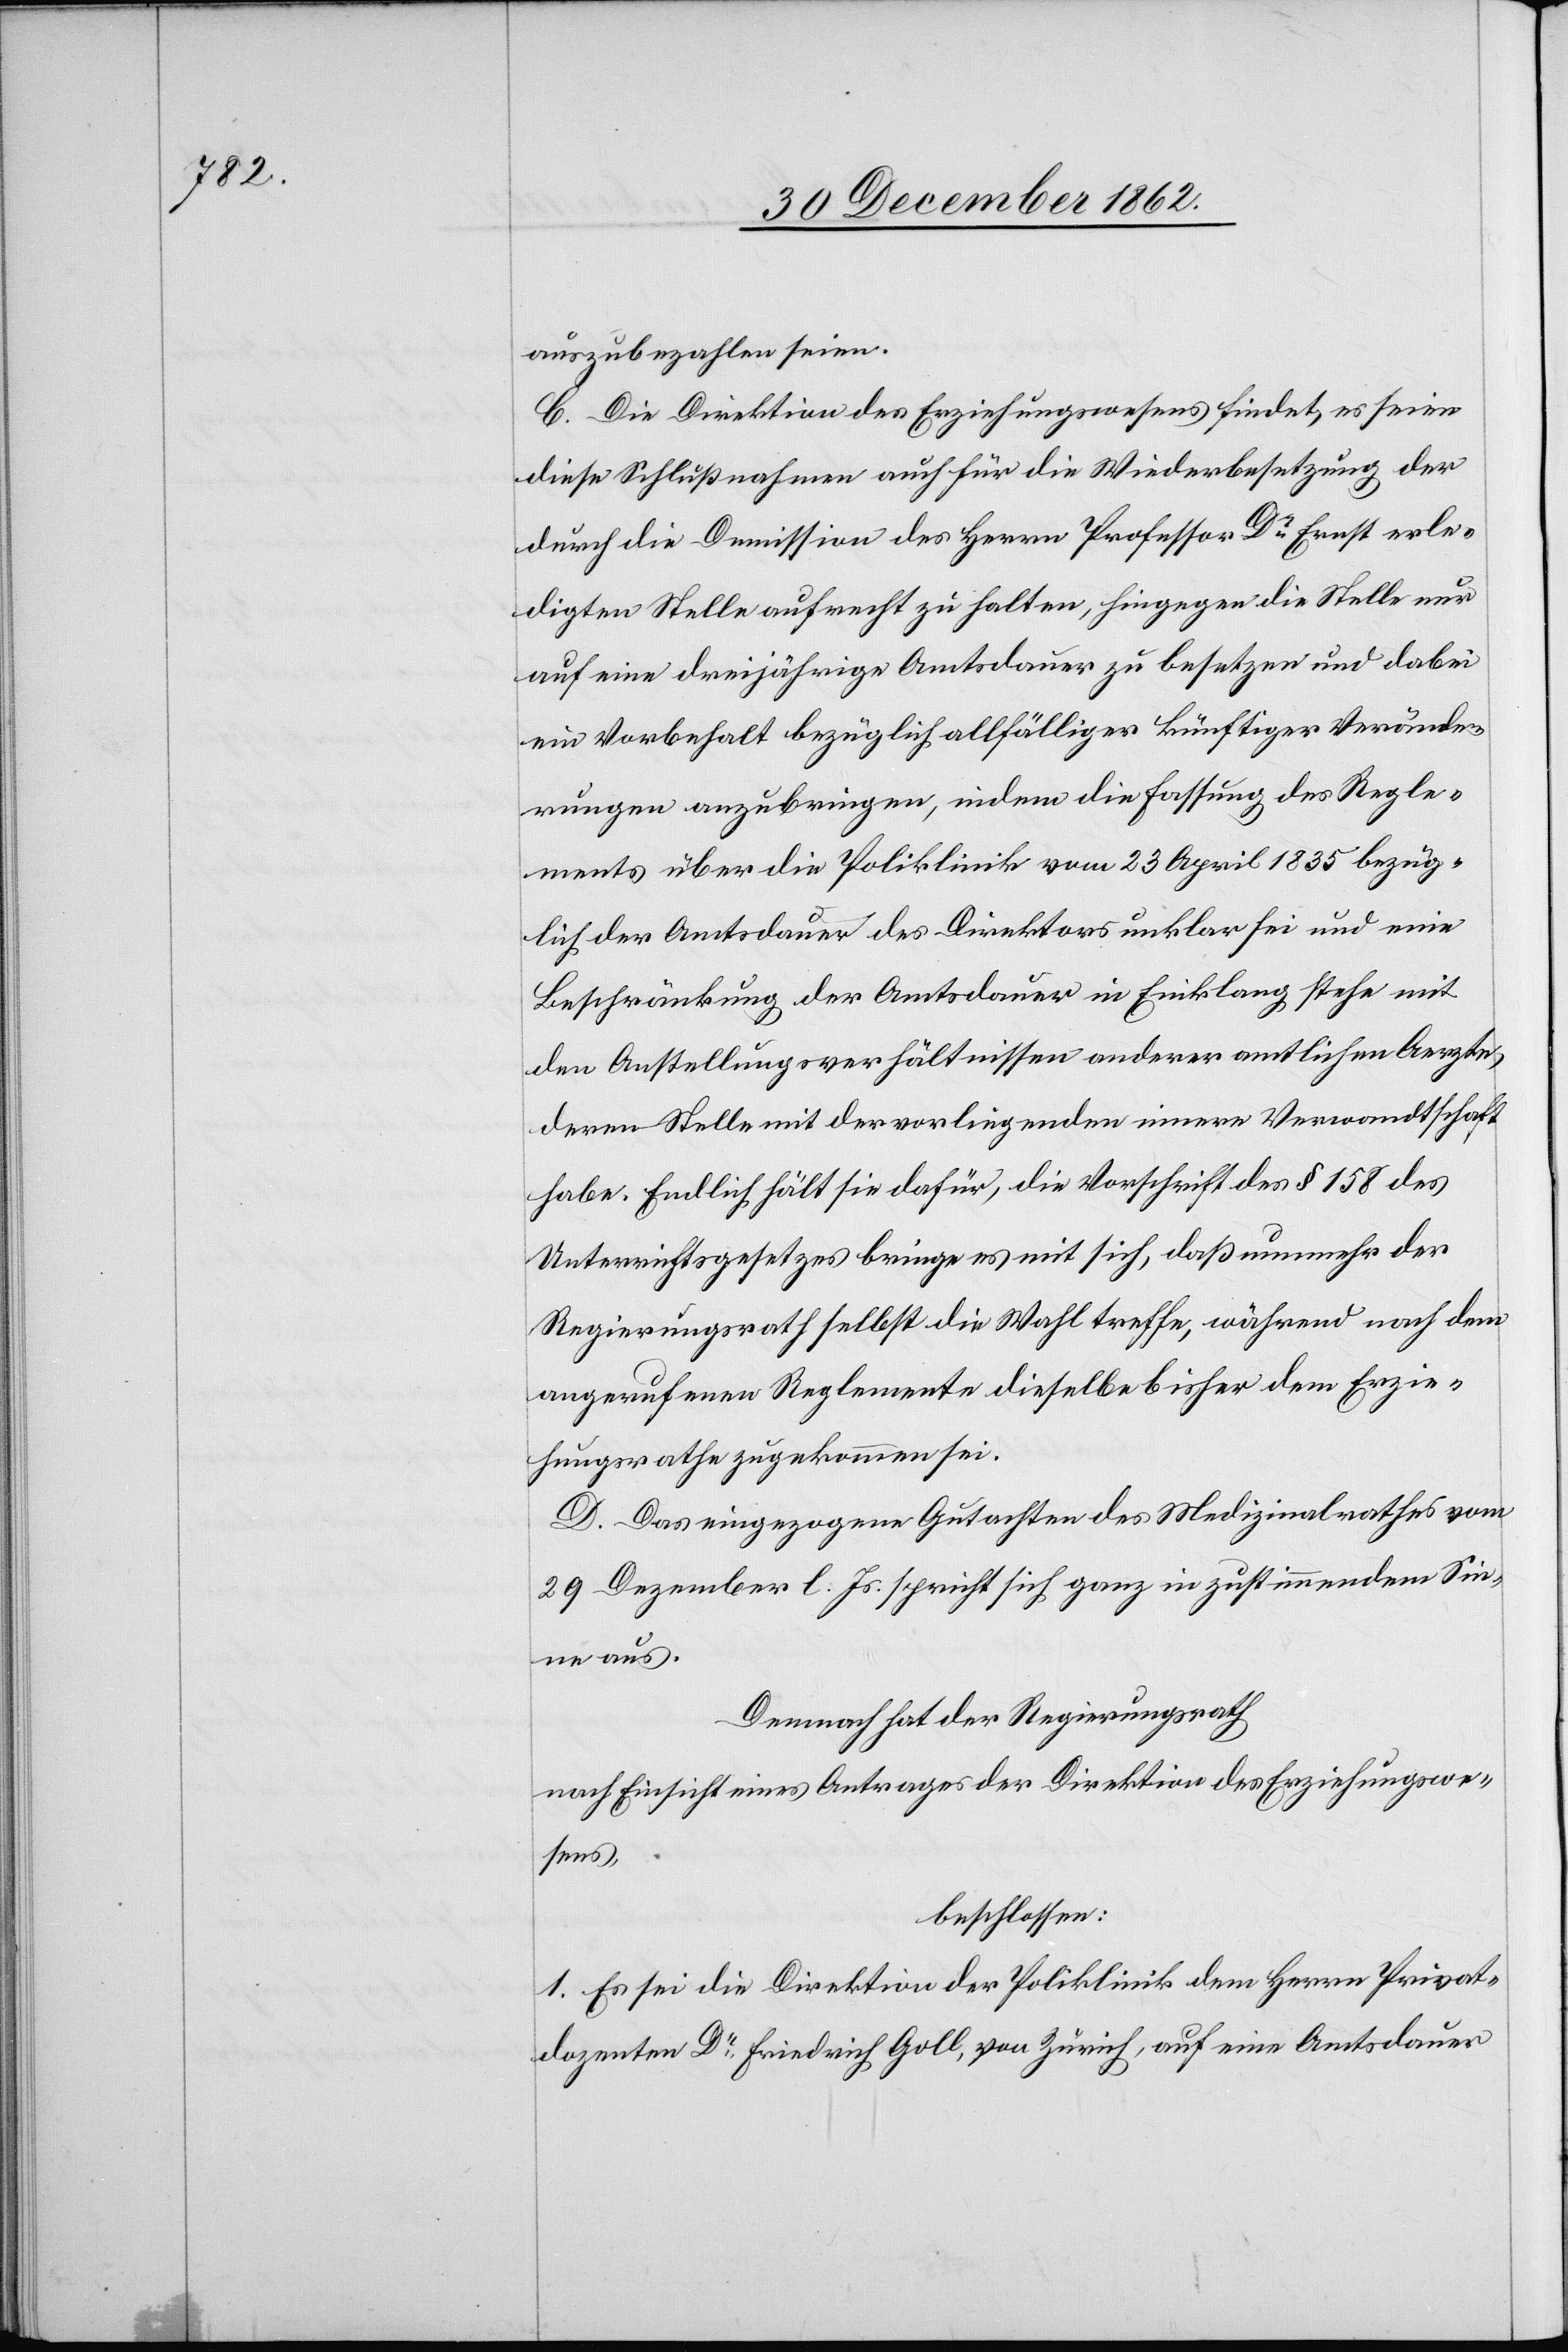
auszubezahlen seien.
C. Die Direktion des Erziehungswesens findet, es seien
diese Schlußnahmen auch für die Wiederbesetzung der
durch die Demission des Herrn Professor Dr Ernst erle¬
digten Stelle aufrecht zu halten, hingegen die Stelle nur
auf eine dreijährige Amtsdauer zu besetzen und dabei
ein Vorbehalt bezüglich allfälliger künftiger Verände¬
rungen anzubringen, indem die Fassung des Regle¬
ments über die Poliklinik vom 23. April 1835 bezüg¬
lich der Amtsdauer des Direktors unklar sei und eine
Beschränkung der Amtsdauer in Einklang stehe mit
den Anstellungsverhältnissen anderer amtlichen Aerzte,
deren Stelle mit der vorliegenden innere Verwandtschaft
habe. Endlich hält sie dafür, die Vorschrift des § 158 des
Unterrichtsgesetzes bringe es mit sich, daß nunmehr der
Regierungsrath selbst die Wahl treffe, während nach dem
angerufenen Reglemente dieselbe bisher dem Erzie¬
hungsrathe zugekommen sei.
D. Das eingezogene Gutachten des Medizinalrathes vom
29 Dezember l. Js. spricht sich ganz in zustimmendem Sin¬
ne aus.
Demnach hat der Regierungsrath
nach Einsicht eines Antrages der Direktion des Erziehungswe¬
sens,
beschlossen:
1. Es sei die Direktion der Poliklinik dem Herrn Privat¬
dozenten Dr Friedrich Goll, von Zürich, auf eine Amtsdauer